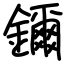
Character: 鑈